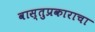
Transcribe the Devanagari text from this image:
वास्तुप्रकाराचा